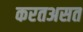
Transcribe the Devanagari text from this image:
करतअसत